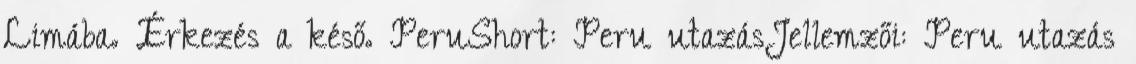
Limába. Érkezés a késő. PeruShort: Peru utazásJellemzői: Peru utazás